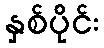
နှစ်ပိုင်း